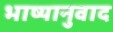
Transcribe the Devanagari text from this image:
भाष्यानुवाद